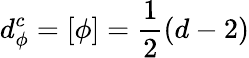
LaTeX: d_{\phi}^{c}=\left[\phi\right]=\frac{1}{2}\left(d-2\right)